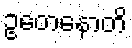
ဥတေနောတိ